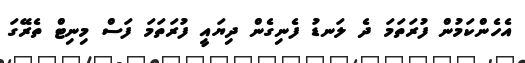
އެހެންކަމުން ފުރަތަމަ ދެ ލަނޑު ފެނިގެން ދިޔައީ ފުރަތަމަ ފަސް މިނިޓް ތެރޭގަ